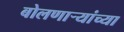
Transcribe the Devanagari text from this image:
बोलणाऱ्यांच्या